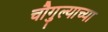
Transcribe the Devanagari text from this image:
चौगुल्याच्या